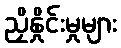
ညှိနှိုင်းမှုများ